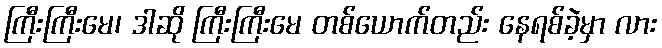
ကြီးကြီးမေ၊ ဒါဆို ကြီးကြီးမေ တစ်ယောက်တည်း နေရစ်ခဲ့မှာ လား